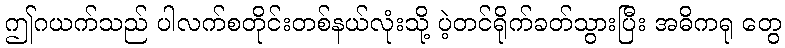
ဤဂယက်သည် ပါလက်စတိုင်းတစ်နယ်လုံးသို့ ပဲ့တင်ရိုက်ခတ်သွားပြီး အဓိကရု တွေ